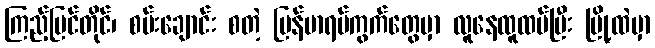
ကြည့်မြင်တိုင်၊ စမ်းချောင်း စတဲ့ မြန်မာရပ်ကွက်တွေမှာ လူနေထူထပ်ပြီး မြို့ထဲမှာ